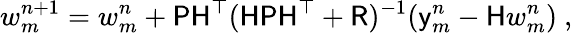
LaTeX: w_{m}^{n+1}=w_{m}^{n}+\mathsf{PH}^{\top}(\mathsf{HPH}^{\top}+\mathsf{R})^{-1}(\mathsf{y}_{m}^{n}-\mathsf{H}w_{m}^{n})\mathrm{~,~}